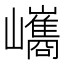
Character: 𡿀